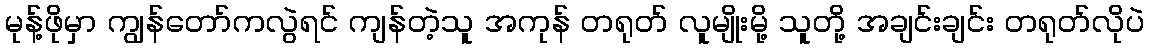
မုန့်ဖိုမှာ ကျွန်တော်ကလွဲရင် ကျန်တဲ့သူ အကုန် တရုတ် လူမျိုးမို့ သူတို့ အချင်းချင်း တရုတ်လိုပဲ